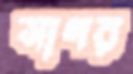
সাগর